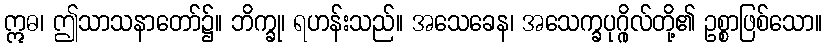
ဣဓ၊ ဤသာသနာတော်၌။ ဘိက္ခု၊ ရဟန်းသည်။ အသေခေန၊ အသေက္ခပုဂ္ဂိုလ်တို့၏ ဥစ္စာဖြစ်သော။